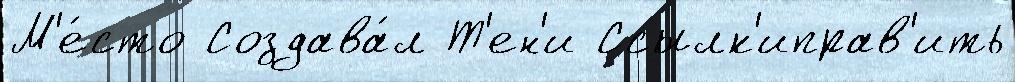
М'е́сто Создава́л Т'ен'и Ссылк'иправ'ить